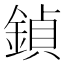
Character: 鍞